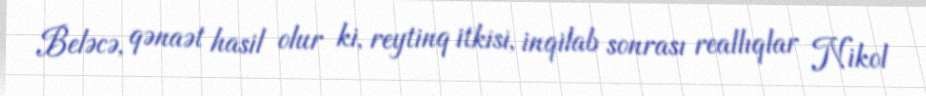
Beləcə, qənaət hasil olur ki, reytinq itkisi, inqilab sonrası reallıqlar Nikol